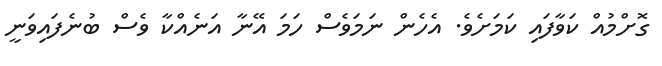
ގޮށްމުއް ކަވާފައި ކަމަށެވެ. އެހެން ނަމަވެސް ހަމަ އޭނާ އަނެއްކާ ވެސް ބުނެފައިވަނީ